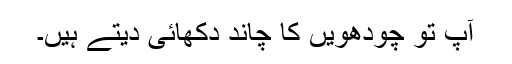
آپ تو چودھویں کا چاند دکھائی دیتے ہیں۔